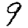
Digit: 9